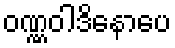
ဝဏ္ဏဝါဒိနောပေ